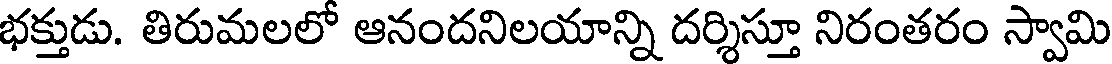
భక్తుడు. తిరుమలలో ఆనందనిలయాన్ని దర్శిస్తూ నిరంతరం స్వామి